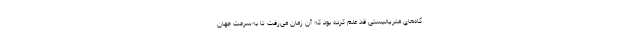
گاه‌های متریالیستی قد علم کرده بود که آن زمان می‌رفت تا به‌سرعت جهان